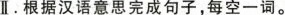
Ⅱ.根据汉语意思完成句子，每空一词。